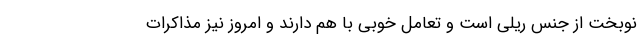
نوبخت از جنس ریلی است و تعامل خوبی با هم دارند و امروز نیز مذاکرات